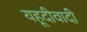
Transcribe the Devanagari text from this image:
यहूदीवादी